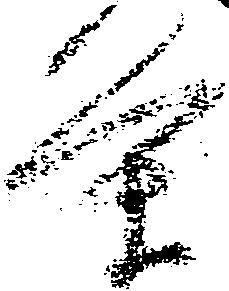
条